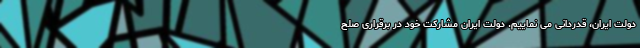
دولت ایران، قدردانی می نماییم. دولت ایران مشارکت خود در برقراری صلح